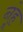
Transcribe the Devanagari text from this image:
नूंह